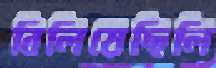
বিলিয়েছিলি